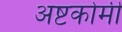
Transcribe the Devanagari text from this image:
अष्टकोमी